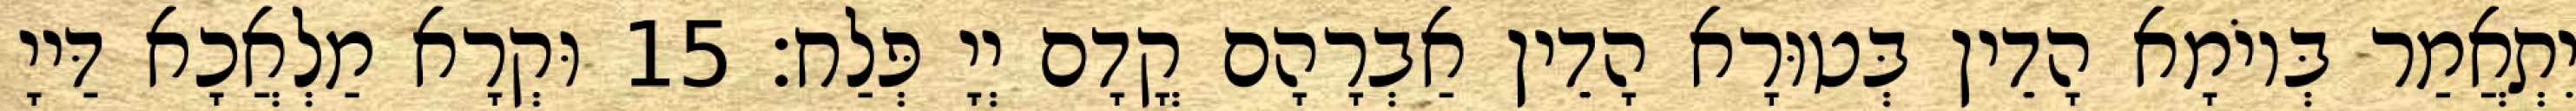
יִתְאֲמַר בְּיוֹמָא הָדֵין בְּטוּרָא הָדֵין אַבְרָהָם קֳדָם יְיָ פְּלַח׃ 15 וּקְרָא מַלְאֲכָא דַּייָ